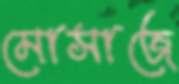
মোসাজে